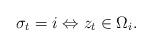
LaTeX: \begin{align*}\sigma_t=i \Leftrightarrow z_t\in\Omega_i.\end{align*}